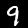
Label: 9